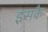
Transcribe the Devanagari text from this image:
इसकै